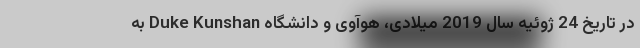
در تاریخ 24 ژوئیه سال 2019 میلادی، هوآوی و دانشگاه Duke Kunshan به